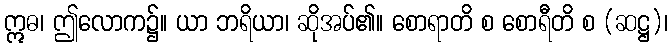
ဣဓ၊ ဤလောက၌။ ယာ ဘရိယာ၊ ဆိုအပ်၏။ စောရာတိ စ စောရီတိ စ (ဆဋ္ဌ)၊